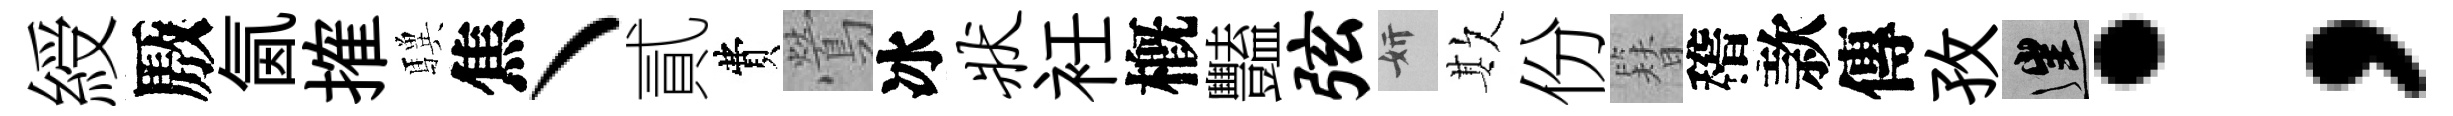
綬厫氤搉驥焦丶貳費鶯冰状衽槪豔弦妍欺份簪稽款傳孜往；